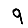
Digit: 9